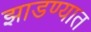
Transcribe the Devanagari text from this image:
झाडण्यात